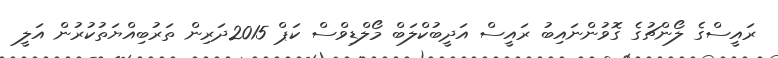
ރައީސްގެ ލޯންޗުގެ ގޮވުންނައިބު ރައީސް އަދީބުކްލަބް މޯލްޑިވްސް ކަޕް 2015ދަރިން ތަރުބިއްޔަތުކުރުން އަލީ